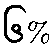
၆%